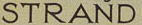
STRAND